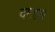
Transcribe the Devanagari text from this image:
दमहार